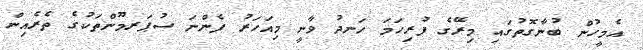
އެމީހުން ބުނާގޮތުގައި މިރޭގެ ފުރިހަމަ ހަނދު ވާނީ މިއަހަރު ފެންނަ ސުޕަރމޫންތަކުގެ ތެރެއިން